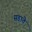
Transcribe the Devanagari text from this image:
सड़ाते